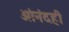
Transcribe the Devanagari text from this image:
आंनंदही